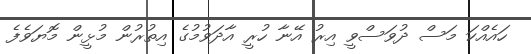
ހައެއްކަ މަސް ދުވަސްވީ އިރު އޭނާ ހުރީ އާދަވުމުގެ އިތުރުން މުޅީން މޮޔަވެފެ